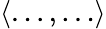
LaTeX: \left<\dots,\dots\right>